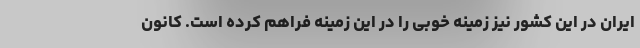
ایران در این کشور نیز زمینه خوبی را در این زمینه فراهم کرده است. کانون